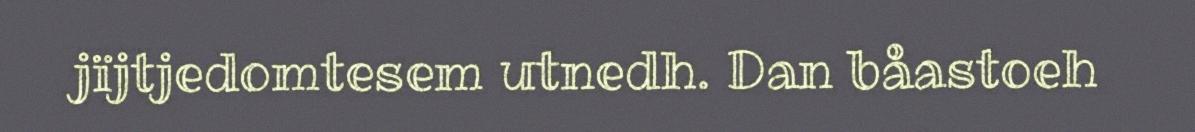
jïjtjedomtesem utnedh. Dan båastoeh